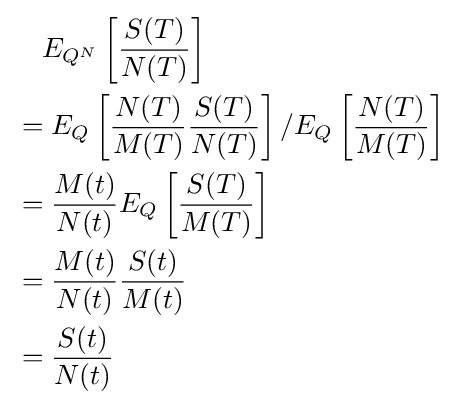
{\begin{aligned}&{}\quad E_{Q^{N}}\left[{\frac {S(T)}{N(T)}}\right]\\&=E_{Q}\left[{\frac {N(T)}{M(T)}}{\frac {S(T)}{N(T)}}\right]/E_{Q}\left[{\frac {N(T)}{M(T)}}\right]\\&={\frac {M(t)}{N(t)}}E_{Q}\left[{\frac {S(T)}{M(T)}}\right]\\&={\frac {M(t)}{N(t)}}{\frac {S(t)}{M(t)}}\\&={\frac {S(t)}{N(t)}}\end{aligned}}